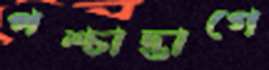
পশ্চাদ্ভাগে